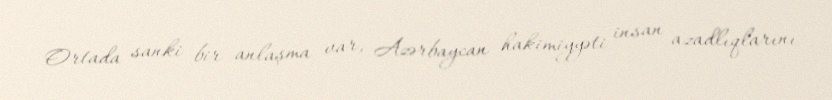
Ortada sanki bir anlaşma var, Azərbaycan hakimiyyəti insan azadlıqlarını